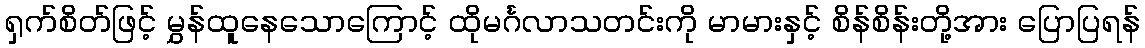
ရှက်စိတ်ဖြင့် မွှန်ထူနေသောကြောင့် ထိုမင်္ဂလာသတင်းကို မာမားနှင့် စိန်စိန်းတို့အား ပြောပြရန်